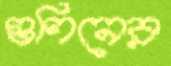
গুণিনের